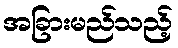
အခြားမည်သည့်